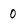
Character: 0